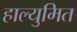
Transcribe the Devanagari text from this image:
हाल्युमित